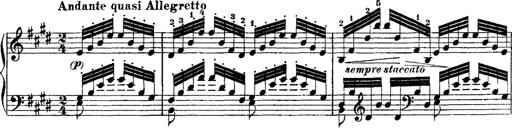
Title: Ã‰tudes d'exÃ©cution transcendante d'aprÃ¨s Paganini
Composer: Franz Liszt